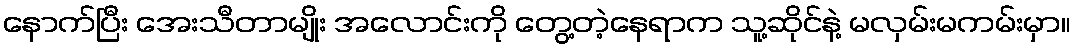
နောက်ပြီး အေးသီတာမျိုး အလောင်းကို တွေ့တဲ့နေရာက သူ့ဆိုင်နဲ့ မလှမ်းမကမ်းမှာ။